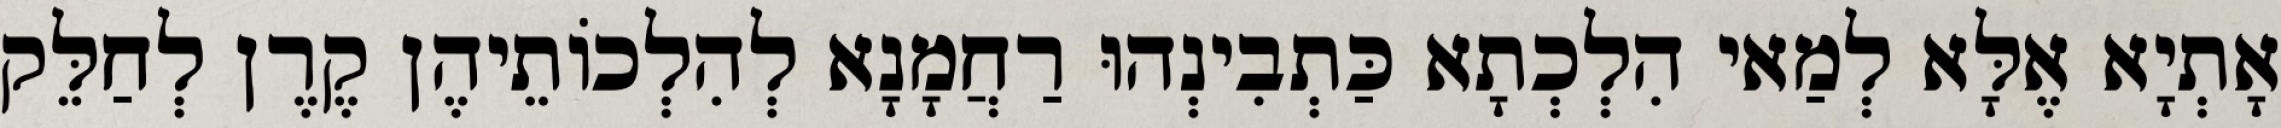
אָתְיָא אֶלָּא לְמַאי הִלְכְתָא כַּתְבִינְהוּ רַחֲמָנָא לְהִלְכוֹתֵיהֶן קֶרֶן לְחַלֵּק